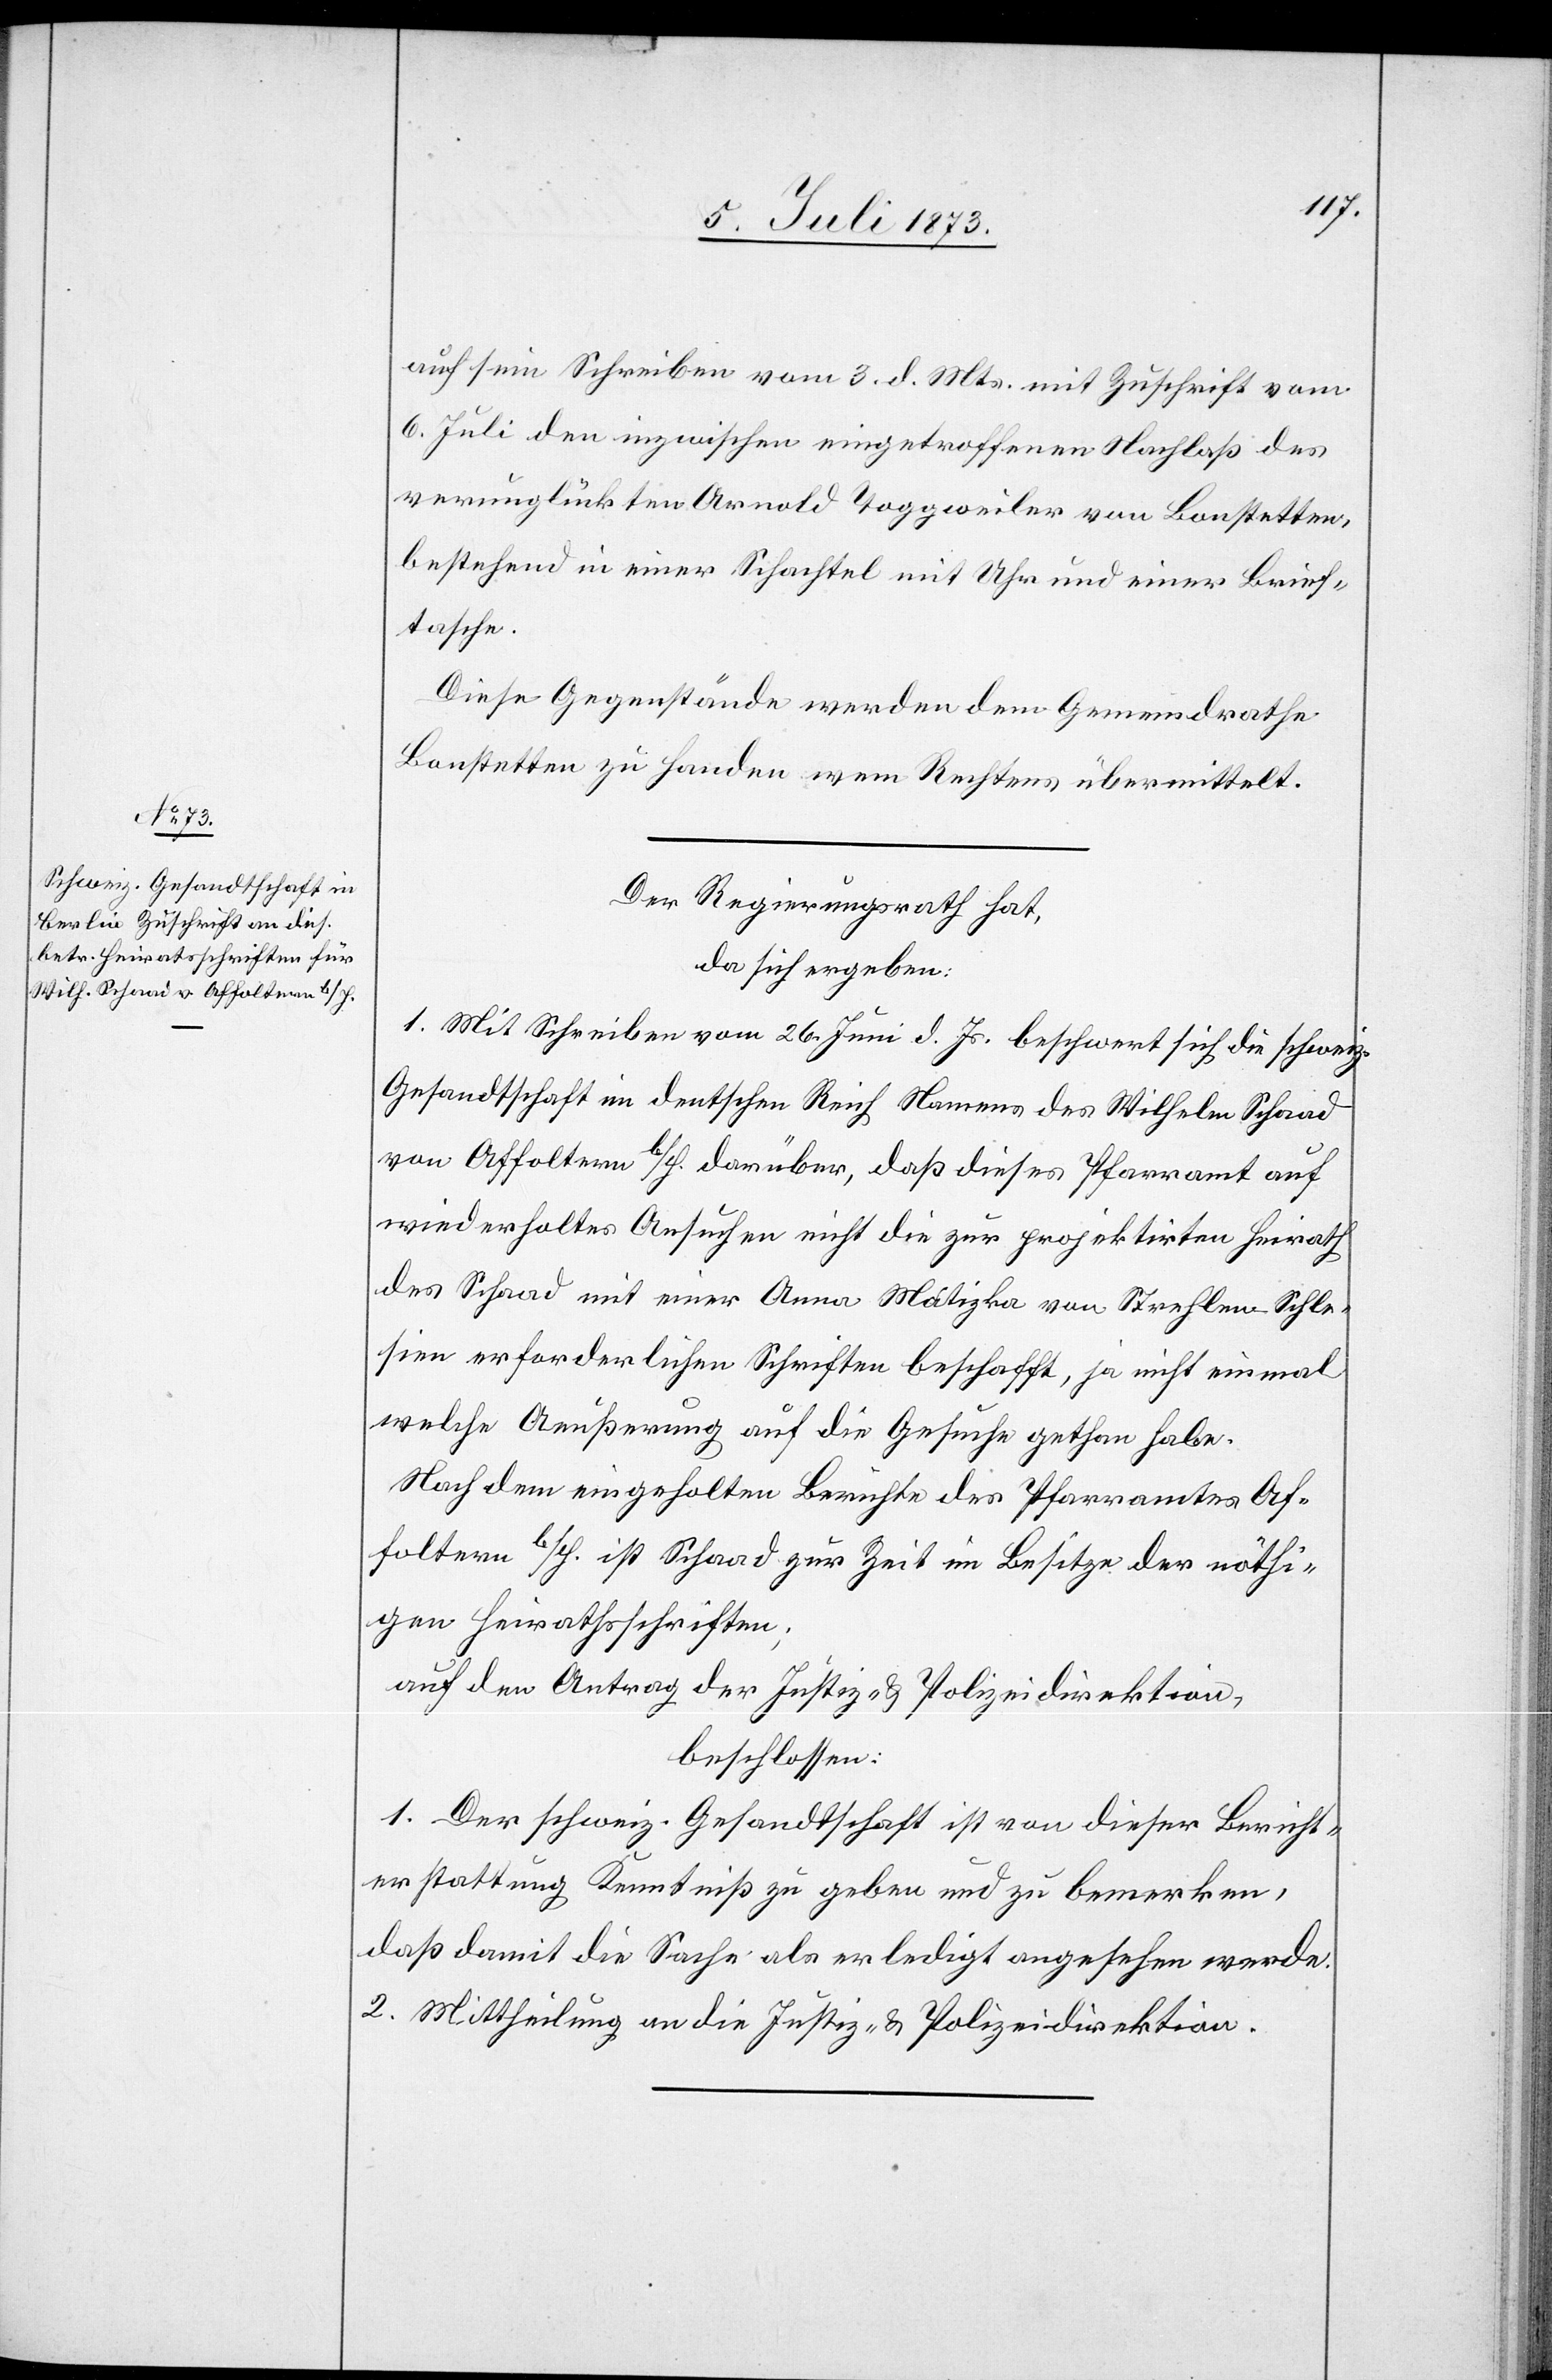
9. Juli 1873.]
auf sein Schreiben vom 3. d. Mts. mit Zuschrift vom
6. Juli den inzwischen eingetroffenen Nachlaß des
verunglückten Arnold Toggweiler von Bonstetten,
bestehend in einer Schachtel mit Uhr und einer Brief¬
tasche.
Diese Gegenstände werden dem Gemeindrathe
Bonstetten zu Handen wem Rechtens übermittelt.
Der Regierungsrath hat,
da sich ergeben:
1. Mit Schreiben vom 26. Juni d. Js. beschwert sich die schweiz.
Gesandtschaft im deutschen Reich Namens des Wilhelm Schaad
von Affoltern b/H. darüber, daß dieses Pfarramt auf
wiederholtes Ansuchen nicht die zur projektirten Heirath
des Schaad mit einer Anna Matizka von Strehlen-Schle¬
sien erforderlichen Schriften beschafft, ja nicht einmal
welche Aeußerung auf die Gesuche gethan habe.
Nach dem eingeholten Berichte des Pfarramtes Af¬
foltern b/H. ist Schaad zur Zeit im Besitze der nöthi¬
gen Heirathsschriften;
auf den Antrag der Justiz- & Polizeidirektion,
beschlossen:
1. Der schweiz. Gesandtschaft ist von dieser Bericht¬
erstattung Kenntniß zu geben und zu bemerken,
daß damit die Sache als erledigt angesehen werde.
2. Mittheilung an die Justiz- & Polizeidirektion.